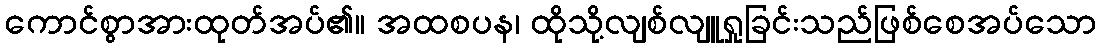
ကောင်စွာအားထုတ်အပ်၏။ အထစပန၊ ထိုသို့လျစ်လျူရှုခြင်းသည်ဖြစ်စေအပ်သော